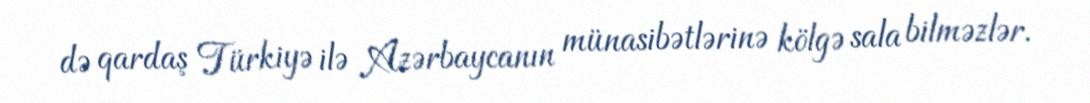
də qardaş Türkiyə ilə Azərbaycanın münasibətlərinə kölgə sala bilməzlər.